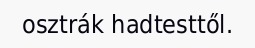
osztrák hadtesttől.